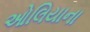
ઓલિયાના